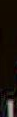
.